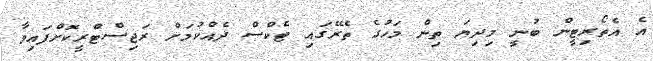
އެ އެތޯރިޓީން ބުނީ މިދިޔަ ތިން މަހުގެ ތެރޭގައި ޓެކްސް ދެއްކުމަށް ރަޖިސްޓްރީކޮށްފައިވާ